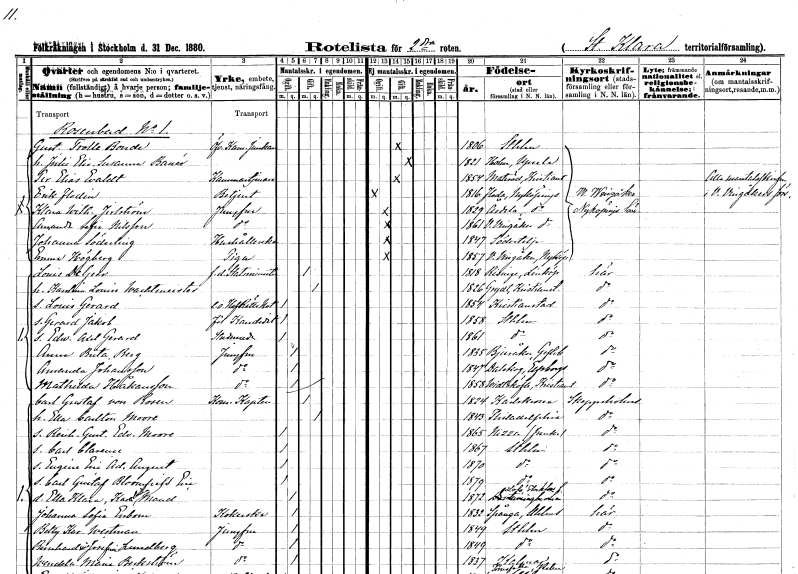
gt_parse: households: individuals: FN: Gustaf
EN: Trolle Bonde
YRKE: Överkammarjunkare
KON: M
CIV: G
FODAR: 1806
FODFORS: Stockholm
FN: Julie Elisabet Susanna
EN: Banér
KON: K
CIV: G
FODAR: 1821
FODFORS: Holm Uppsala län
FN: Per Elias
EN: Evaldt
YRKE: Kammartjänare
KON: M
CIV: G
FODAR: 1854
FODFORS: Matteröd Kristianstads län
FN: Erik
EN: Flodin
YRKE: Betjänt
KON: M
CIV: O
FODAR: 1816
FODFORS: Floda Södermanlands län
FN: Klara Wilhelmina
EN: Jerlström
YRKE: Jungfru
KON: K
CIV: O
FODAR: 1829
FODFORS: Årdala Södermanlands län
FN: Amanda Sofia
EN: Nilsson
YRKE: Jungfru
KON: K
CIV: O
FODAR: 1861
FODFORS: Västra Vingåker Södermanlands län
FN: Johanna
EN: Söderling
YRKE: Hushållerska
KON: K
CIV: O
FODAR: 1847
FODFORS: Södertälje Stockholms län
FN: Emma
EN: Högberg
YRKE: Piga
KON: K
CIV: O
FODAR: 1857
FODFORS: Västra Vingåker Södermanlands län
FN: Louis
EN: de Geer
YRKE: Statsminister f.d.
KON: M
CIV: G
FODAR: 1818
FODFORS: Risinge Östergötlands län
FN: Katarina Louise
EN: Wachtmeister
KON: K
CIV: G
FODAR: 1826
FODFORS: Gryt Kristianstads län
FN: Louis
EN: Gerard
YRKE: Hovrättsnotarie e.o.
KON: M
CIV: O
FODAR: 1854
FODFORS: Kristianstad Kristianstads län
FN: Gerard Jakob
YRKE: Fil. kand.
KON: M
CIV: O
FODAR: 1858
FODFORS: Stockholm
FN: Edward Axel Gerard
YRKE: Studerande
KON: M
CIV: O
FODAR: 1861
FODFORS: Stockholm
FN: Anna Brita
EN: Berg
YRKE: Jungfru
KON: K
CIV: O
FODAR: 1835
FODFORS: Bjuråker Gävleborgs län
FN: Amanda
EN: Johansson
YRKE: Jungfru
KON: K
CIV: O
FODAR: 1847
FODFORS: Dalskog Älvsborgs län
FN: Mathilda
EN: Håkansson
YRKE: Jungfru
KON: K
CIV: O
FODAR: 1858
FODFORS: Vittskövle Kristianstads län